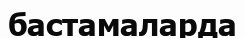
бастамаларда